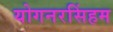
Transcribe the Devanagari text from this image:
योगनरसिंहम